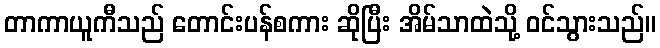
တာကာယူကီသည် တောင်းပန်စကား ဆိုပြီး အိမ်သာထဲသို့ ဝင်သွားသည်။